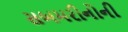
સબમરીનોની